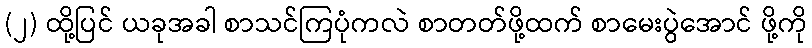
(၂) ထို့ပြင် ယခုအခါ စာသင်ကြပုံကလဲ စာတတ်ဖို့ထက် စာမေးပွဲအောင် ဖို့ကို